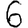
Digit: 6